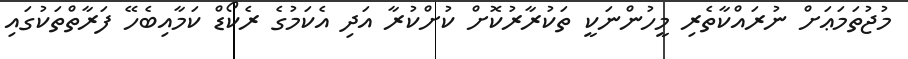
މުޖުތަމަޢަށް ނުރައްކާތެރި މީހުންނަކީ ތަކުރާރުކޮށް ކުށްކުރާ އަދި އެކަމުގެ ރެކޯޑް ކަމާއިބެހޭ ފަރާތްތަކުގައި